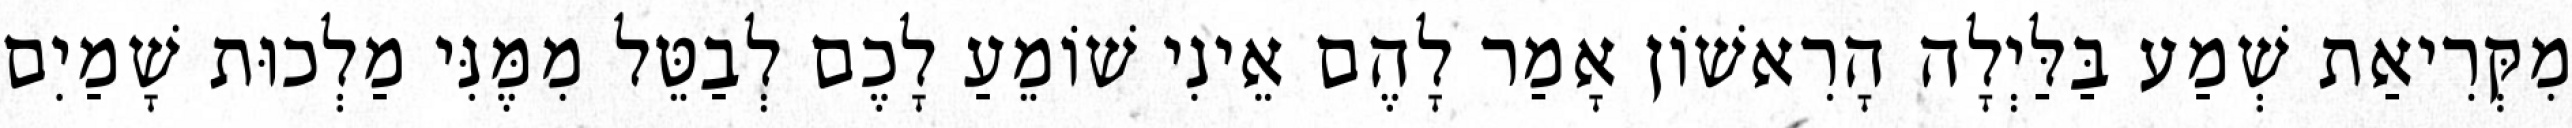
מִקְּרִיאַת שְׁמַע בַּלַּיְלָה הָרִאשׁוֹן אָמַר לָהֶם אֵינִי שׁוֹמֵעַ לָכֶם לְבַטֵּל מִמֶּנִּי מַלְכוּת שָׁמַיִם